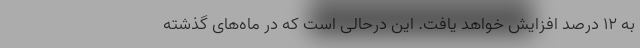
به ۱۲ درصد افزایش خواهد یافت. این درحالی است که در ماه‌های گذشته